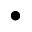
\bullet